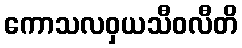
ကောသလဝှယသီဝလီတိ